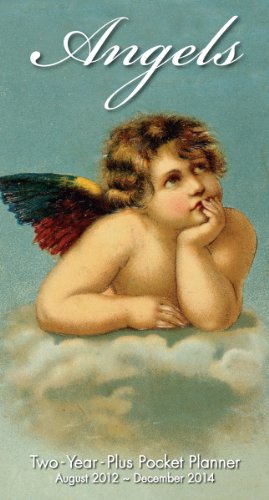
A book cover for Angels 2013 Checkbook (calendar); Sellers Publishing; Calendars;